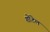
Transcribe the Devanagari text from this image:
शोंटेल